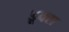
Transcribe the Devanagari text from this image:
डूक्स